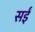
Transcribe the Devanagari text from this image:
सईं